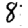
Digit: 8